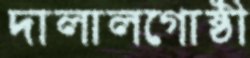
দালালগোষ্ঠী